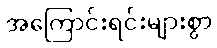
အကြောင်းရင်းများစွာ